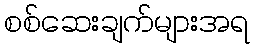
စစ်ဆေးချက်များအရ